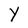
Character: Y